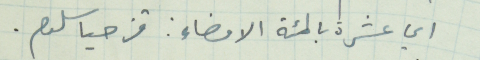
اي عشرة بالمئة الامضاء : قزحيا سلوم.